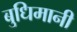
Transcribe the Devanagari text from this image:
बुधिमानी